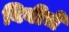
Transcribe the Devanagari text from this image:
बिबीचे